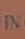
in